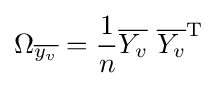
\Omega _{\overline {y_{v}}}={\frac {1}{n}}{\overline {Y_{v}}}\ {\overline {Y_{v}}}^{\rm {T}}